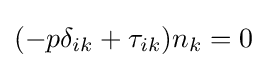
(-p\delta _{ik}+\tau _{ik})n_{k}=0